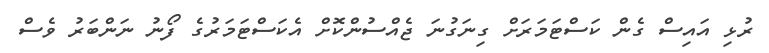
ރުޅި އައިސް ގެން ކަސްޓަމަރަށް ގިނަގުނަ ޖެއްސުންކޮށް އެކަސްޓަމަރުގެ ފޯނު ނަންބަރު ވެސް